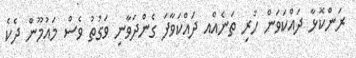
ރަންކޮޅާ ދައްކަވަން ހުރި ތަނެއްއ ދައްކަވާފަ ގެންދަވާނި ވަގުތު ވެސް މައުމޫން ދެކެ